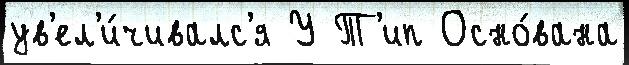
ув'ел'и́чивалс'я У Т'ип Осно́вана